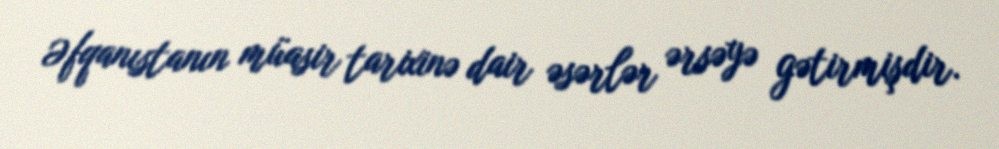
Əfqanıstanın müasir tarixinə dair əsərlər ərsəyə gətirmişdir.